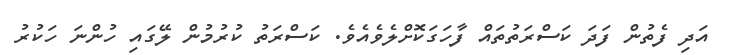
އަދި ފެތުން ފަދަ ކަސްރަތުތައް ފާހަގަކޮށްލެވެއެވެ. ކަސްރަތު ކުރުމުން ލޭގައި ހުންނަ ހަކުރު